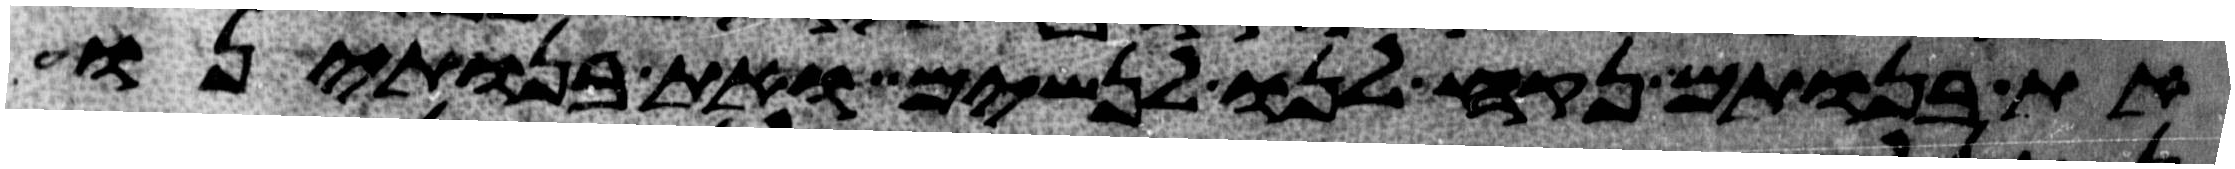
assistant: את בנותם נקח לנו לנשים ואת בנתינו